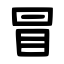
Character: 冒